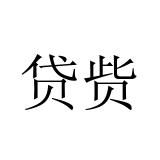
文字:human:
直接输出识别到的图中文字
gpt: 贷赀